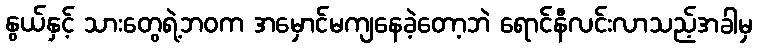
နွယ်နှင့် သားတွေရဲ့ဘဝက အမှောင်မကျနေခဲ့တော့ဘဲ ရောင်နီလင်းလာသည့်အခါမှ